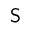
{ \mathsf S }